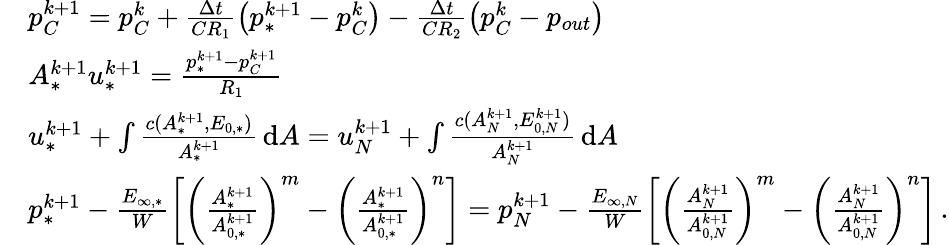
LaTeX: \begin{array}{rl}&{p_{C}^{k+1}=p_{C}^{k}+\frac{\Delta t}{CR_{1}}\left(p_{*}^{k+1}-p_{C}^{k}\right)-\frac{\Delta t}{CR_{2}}\left(p_{C}^{k}-p_{out}\right)}\\ &{A_{*}^{k+1}u_{*}^{k+1}=\frac{p_{*}^{k+1}-p_{C}^{k+1}}{R_{1}}}\\ &{u_{*}^{k+1}+\int\frac{c(A_{*}^{k+1},E_{0,*})}{A_{*}^{k+1}}\, \mathrm{d}A=u_{N}^{k+1}+\int\frac{c(A_{N}^{k+1},E_{0,N}^{k+1})}{A_{N}^{k+1}}\, \mathrm{d}A}\\ &{p_{*}^{k+1}-\frac{E_{\infty,*}}{W}\left[\left(\frac{A_{*}^{k+1}}{A_{0,*}^{k+1}}\right)^{m}-\left(\frac{A_{*}^{k+1}}{A_{0,*}^{k+1}}\right)^{n}\right]=p_{N}^{k+1}-\frac{E_{\infty,N}}{W}\left[\left(\frac{A_{N}^{k+1}}{A_{0,N}^{k+1}}\right)^{m}-\left(\frac{A_{N}^{k+1}}{A_{0,N}^{k+1}}\right)^{n}\right]\, .}\end{array}